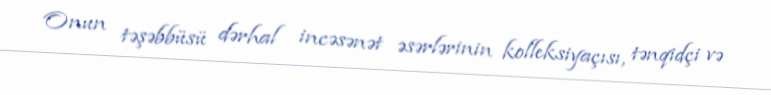
Onun təşəbbüsü dərhal incəsənət əsərlərinin kolleksiyaçısı, tənqidçi və